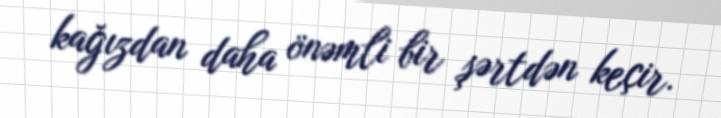
kağızdan daha önəmli bir şərtdən keçir.